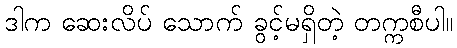
ဒါက ဆေးလိပ် သောက် ခွင့်မရှိတဲ့ တက္ကစီပါ။